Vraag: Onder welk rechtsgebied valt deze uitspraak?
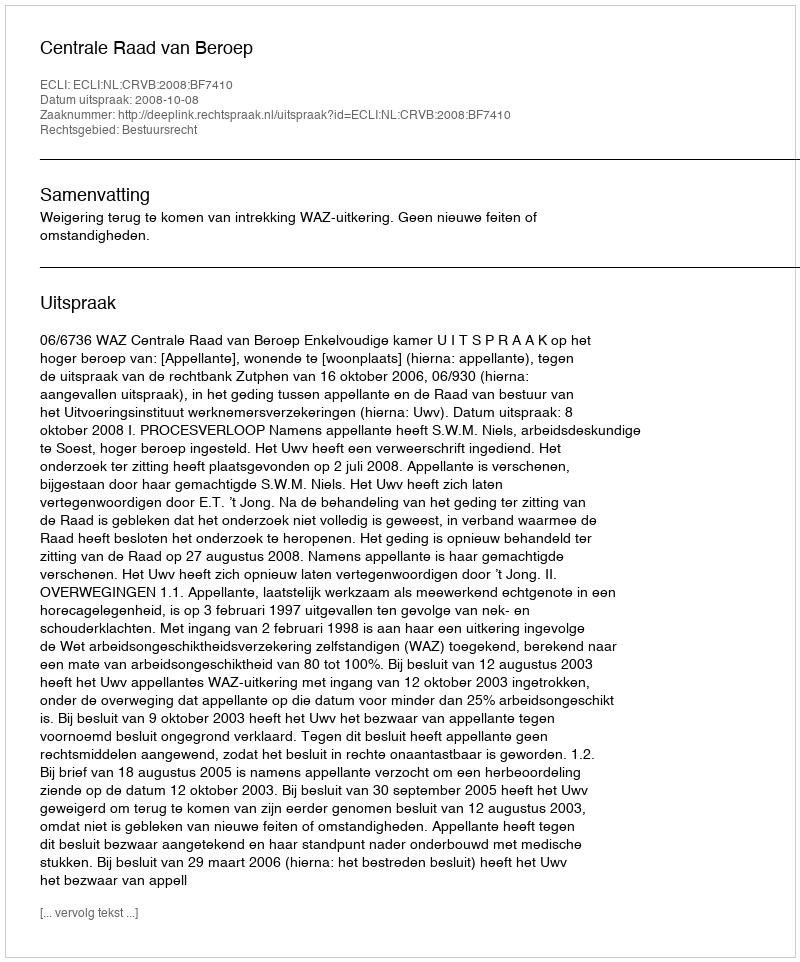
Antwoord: Bestuursrecht